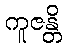
ကူဇန္တိ